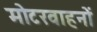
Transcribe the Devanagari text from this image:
मोटरवाहनों